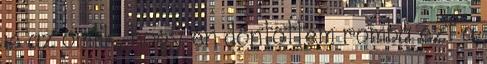
is az ömlik, hogy én döntöttem romba ezt a